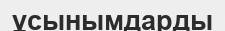
ұсынымдарды